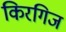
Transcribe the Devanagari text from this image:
किरगिज